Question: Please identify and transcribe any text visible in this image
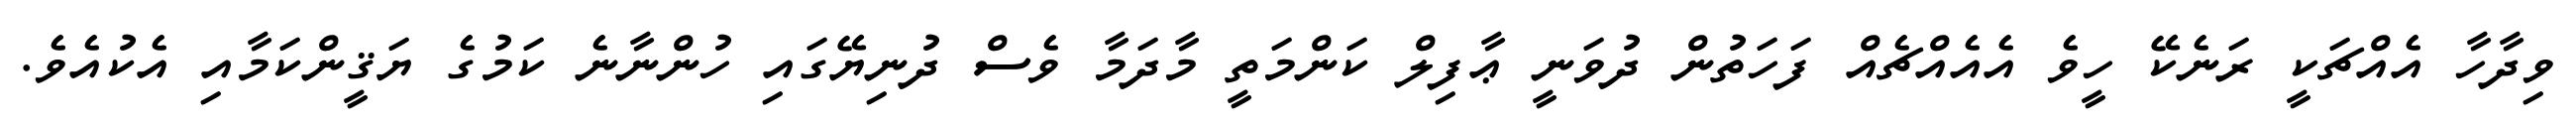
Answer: ވިދާހާ އެއްޗަކީ ރަނެކޭ ހީވެ އެއެއްޗެއް ފަހަތުން ދުވަނީ ޢާފިލް ކަންމަތީ މާދަމާ ވެސް ދުނިޔޭގައި ހުންނާނެ ކަމުގެ ޔަޤީންކަމާއި އެކުއެވެ.